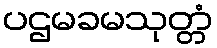
ပဌမခမသုတ္တံ